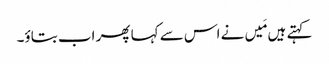
کہتے ہیں مَیں نے اس سے کہا پھر اب بتاؤ۔